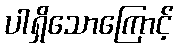
ပါရှိသောကြောင့်